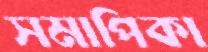
সমাপিকা